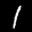
Label: 1